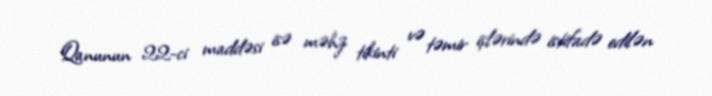
Qanunun 22-ci maddəsi isə məhz tikinti və təmir işlərində istifadə edilən